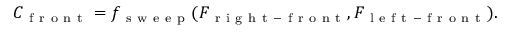
C _ { \mathrm { ~ f ~ r ~ o ~ n ~ t ~ } } = f _ { \mathrm { ~ s ~ w ~ e ~ e ~ p ~ } } ( F _ { \mathrm { ~ r ~ i ~ g ~ h ~ t ~ - ~ f ~ r ~ o ~ n ~ t ~ } } , F _ { \mathrm { ~ l ~ e ~ f ~ t ~ - ~ f ~ r ~ o ~ n ~ t ~ } } ) .